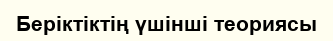
Беріктіктің үшінші теориясы